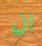
ان